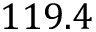
1 1 9 . 4